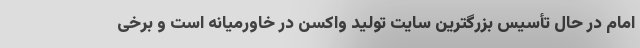
امام در حال تأسیس بزرگترین سایت تولید واکسن در خاورمیانه است و برخی